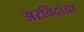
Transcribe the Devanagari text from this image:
अरविंदांचा